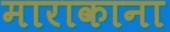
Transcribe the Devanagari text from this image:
माराकाना